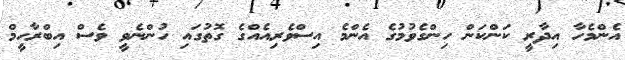
އެންމެހާ އިދާރީ ކަންކަން ހިންގެވުމުގެ އެންމެ އިސްވެރިއެއްގެ ގޮތުގައި ހުންނެވީ ވެސް އިބްރާހީމް